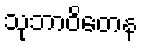
သုဘာဝိတေန